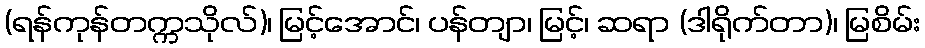
(ရန်ကုန်တက္ကသိုလ်)၊ မြင့်အောင်၊ ပန်တျာ၊ မြင့်၊ ဆရာ (ဒါရိုက်တာ)၊ မြစိမ်း